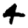
Digit: 4